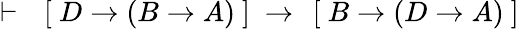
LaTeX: \vdash\ \ \left[\ D\rightarrow\left(B\rightarrow A\right)\ \right]\ \rightarrow\ \left[\ B\rightarrow\left(D\rightarrow A\right)\ \right]